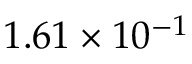
1 . 6 1 \times 1 0 ^ { - 1 }